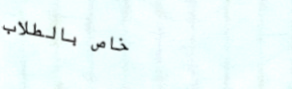
خاص بالطلاب